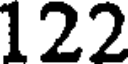
122